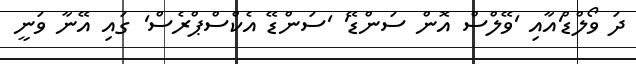
ދަ ވޯލްޑް'އާއި 'ވޭލްސް އޮން ސަންޑޭ' 'ސަންޑޭ އެކްސްޕްރެސް' ގައި އޭނާ ވަނީ